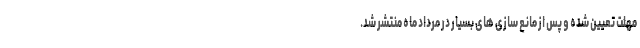
مهلت تعیین شده و پس از مانع سازی های بسیار در مرداد ماه منتشر شد.